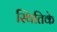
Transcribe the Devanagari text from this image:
स्थितिके